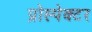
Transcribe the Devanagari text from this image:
प्रोस्पेक्टर